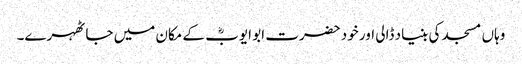
وہاں مسجد کی بنیاد ڈالی اور خود حضرت ابو ایوبؓ کے مکان میں جا ٹھہرے۔